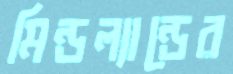
মিন্ডল্যান্ডের